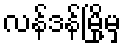
လန်ဒန်မြို့မှ